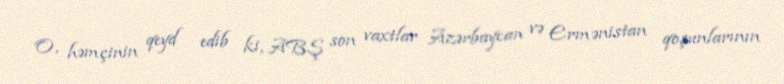
O, həmçinin qeyd edib ki, ABŞ son vaxtlar Azərbaycan və Ermənistan qoşunlarının